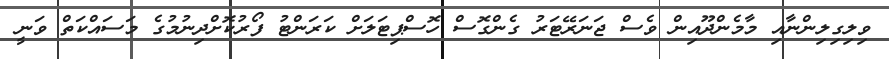
ވިލިގިލިންނާއި މާމެންދޫއިން ވެސް ޖަނަރޭޓަރު ގެންގޮސް ހޮސްޕިޓަލަށް ކަރަންޓު ފޯރުކޮށްދިނުމުގެ މަސައްކަތް ވަނީ